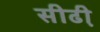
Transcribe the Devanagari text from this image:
सीढी़